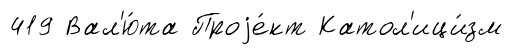
419 Вал'ю́та Проjе́кт Катол'ици́зм